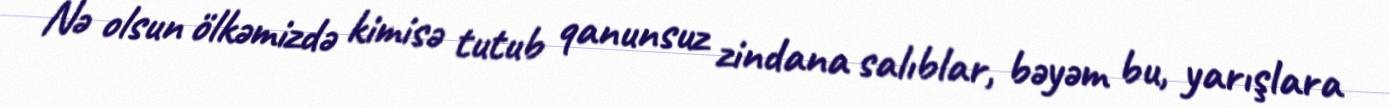
Nə olsun ölkəmizdə kimisə tutub qanunsuz zindana salıblar, bəyəm bu, yarışlara